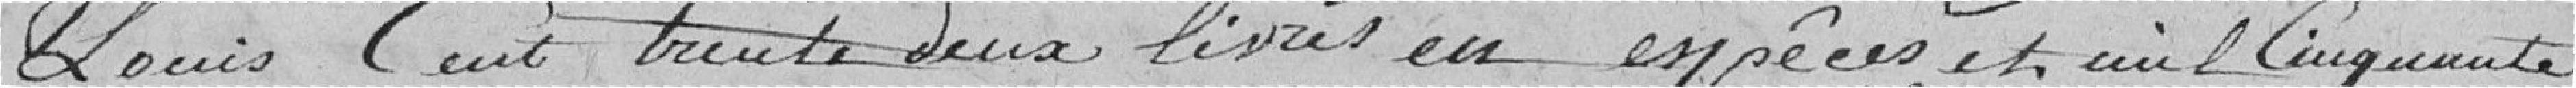
Louis, cent trente deux livres en espèces, et mil cinquante